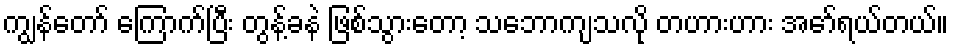
ကျွန်တော် ကြောက်ပြီး တွန့်ခနဲ ဖြစ်သွားတော့ သဘောကျသလို တဟားဟား အော်ရယ်တယ်။